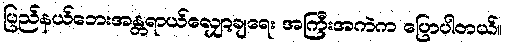
ပြည်နယ်ဘေးအန္တရာယ်လျှော့ချရေး အကြီးအကဲက ပြောပါတယ်။